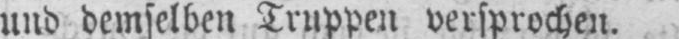
und demselben Truppen versprochen.